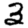
Digit: 3